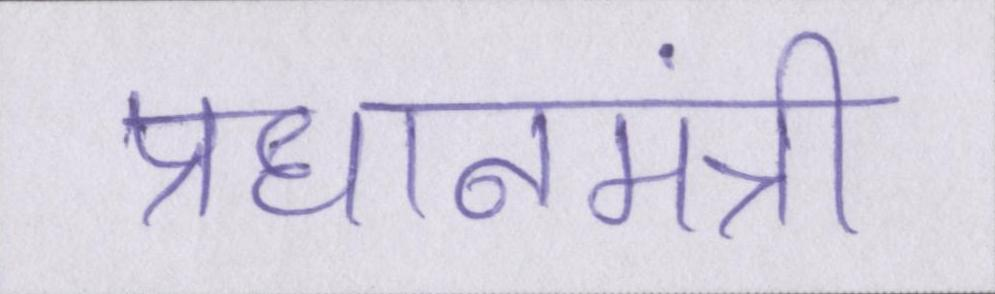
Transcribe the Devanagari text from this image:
प्रधानमंत्री